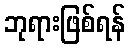
ဘုရားဖြစ်ရန်